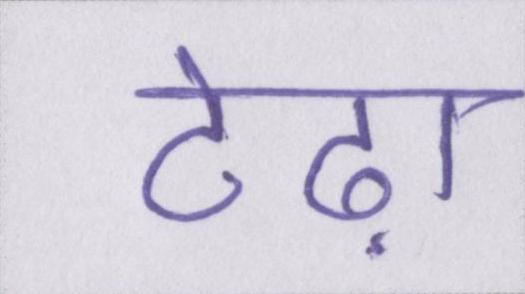
टेढ़ा